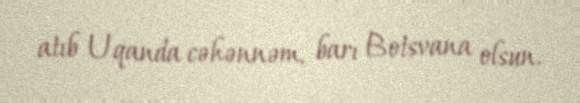
atıb Uqanda cəhənnəm, barı Botsvana olsun.